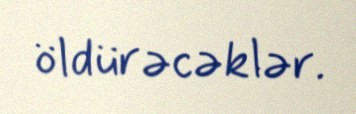
öldürəcəklər.